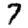
Digit: 7